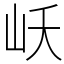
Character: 岆